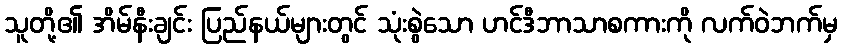
သူတို့၏ အိမ်နီးချင်း ပြည်နယ်များတွင် သုံးစွဲသော ဟင်ဒီဘာသာစကားကို လက်ဝဲဘက်မှ